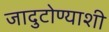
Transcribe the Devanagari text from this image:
जादुटोण्याशी